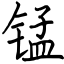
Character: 锰